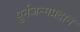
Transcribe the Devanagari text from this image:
पुर्नजन्मप्रदान